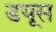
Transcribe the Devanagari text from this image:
डयूस